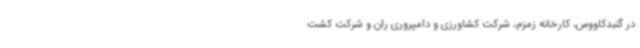
در گنبدکاووس، کارخانه زمزم، شرکت کشاورزی و دامپروری ران و شرکت کشت